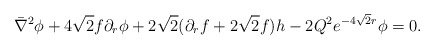
\begin{align*}\bar \nabla^2 \phi + 4 \sqrt 2 f \partial_r \phi + 2 \sqrt 2 (\partial_r f+ 2 \sqrt2 f) h- 2 Q^2 e^{- 4 \sqrt 2 r}\phi = 0.\end{align*}